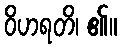
ဝိဟရတိ၊ ၏။